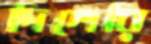
দিশেরি